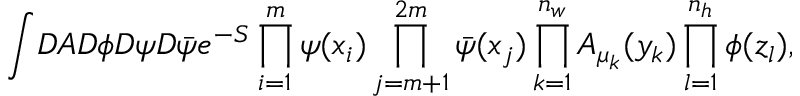
\int \! D A D \phi D \psi D \bar { \psi } e ^ { - S } \prod _ { i = 1 } ^ { m } \psi ( x _ { i } ) \prod _ { j = m + 1 } ^ { 2 m } \bar { \psi } ( x _ { j } ) \prod _ { k = 1 } ^ { n _ { w } } A _ { \mu _ { k } } ( y _ { k } ) \prod _ { l = 1 } ^ { n _ { h } } \phi ( z _ { l } ) ,